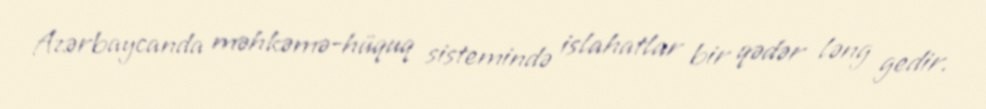
Azərbaycanda məhkəmə-hüquq sistemində islahatlar bir qədər ləng gedir.